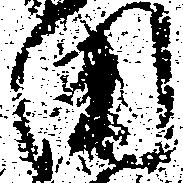
田